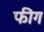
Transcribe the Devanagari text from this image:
फीग